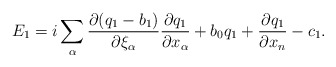
\begin{align*} E_1=i\sum_\alpha\frac{\partial (q_1-b_1)}{\partial \xi_\alpha}\frac{\partial q_1}{\partial x_\alpha}+b_0q_1+\frac{\partial q_1}{\partial x_n} - c_1. \end{align*}